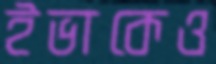
ইভাকেও